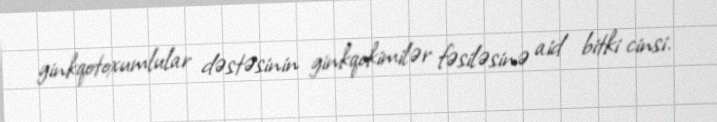
ginkqotoxumlular dəstəsinin ginkqokimilər fəsiləsinə aid bitki cinsi.